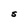
Character: S